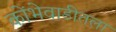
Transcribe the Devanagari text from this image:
कोंभेवाडीतला